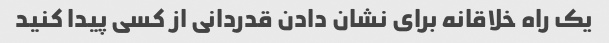
یک راه خلاقانه برای نشان دادن قدردانی از کسی پیدا کنید